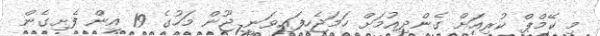
މި ކޭމްޕް ކުރިއަށް ގެންދިއުމަށް ހަމަޖެހިފައިވަނީ ޖޫން މަހުގެ 19 އިން ފެށިގެން